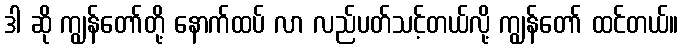
ဒါ ဆို ကျွန်တော်တို့ နောက်ထပ် လာ လည်ပတ်သင့်တယ်လို့ ကျွန်တော် ထင်တယ်။